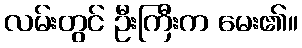
လမ်းတွင် ဦးကြီးက မေး၏။